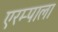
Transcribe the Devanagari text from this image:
एरम्पाला